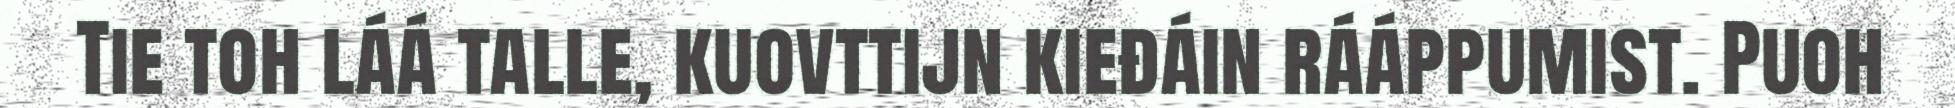
Tie toh láá talle, kuovttijn kieđáin rááppumist. Puoh